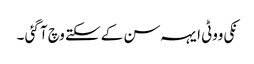
نکی ووٹی ایہہ سن کے سکتے وچ آ گئی ۔